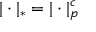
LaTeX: | \cdot | _ { * } = | \cdot | _ { p } ^ { c }